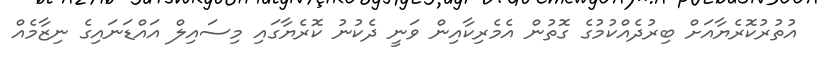
އުތުރުކޮރެޔާއަށް ބިރުދެއްކުމުގެ ގޮތުން އެމެރިކާއިން ވަނީ ދެކުނު ކޮރެޔާގައި މިސައިލް އައްޑަނައިގެ ނިޒާމެއް